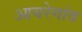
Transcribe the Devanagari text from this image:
आयरेगांव